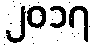
၂၀၁၇